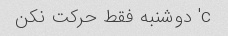
c' دوشنبه فقط حرکت نکن